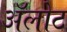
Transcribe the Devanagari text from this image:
ॲलोट